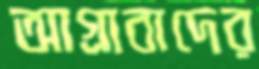
আগ্রাবাদের